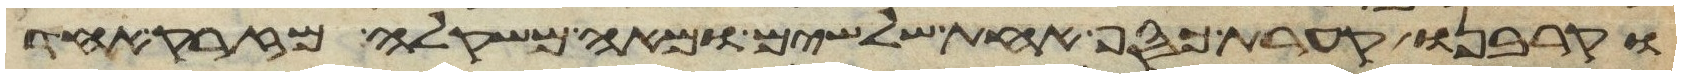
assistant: וקרבנו קערת כסף אחת שלשים ומאה משקלה מזרק אחד